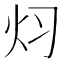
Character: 𮳜